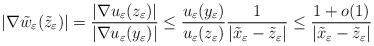
LaTeX: \begin{align*} |\nabla \tilde{w}_\varepsilon(\tilde{z}_\varepsilon)|=\frac{|\nabla u_\varepsilon(z_\varepsilon)|}{|\nabla u_\varepsilon(y_\varepsilon)|}\le \frac{u_\varepsilon(y_\varepsilon)}{u_\varepsilon(z_\varepsilon)}\frac{1}{|\tilde{x}_\varepsilon-\tilde{z}_\varepsilon|}\le \frac{1+o(1)}{|\tilde{x}_\varepsilon-\tilde{z}_\varepsilon|} \end{align*}